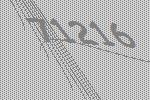
71216